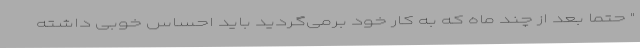
" حتماً بعد از چند ماه که به کار خود برمی‌گردید باید احساس خوبی داشته